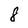
Character: 8